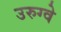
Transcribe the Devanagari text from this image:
उरुग्‍वे